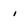
Character: i